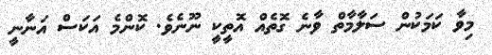
މިވާ ކަމަކުން ސަލާމާތް ވާނެ ގޮތެއް އޮތީކީ ނޫނެވެ. ކޮންމެ އަކަސް އަނާނީ